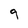
Character: 9